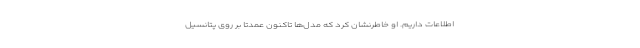
اطلاعات داریم. او خاطرنشان کرد که مدل‌ها تاکنون عمدتا بر روی پتانسیل